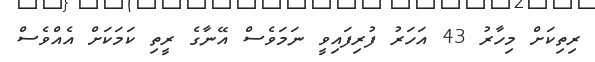
ރިތިކަށް މިހާރު 43 އަހަރު ފުރިފައިވީ ނަމަވެސް އޭނާގެ ރީތި ކަމަކަށް އެއްވެސް